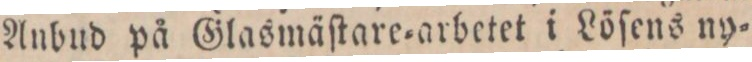
Anbud på Glasmäſtare=arbetet i Löſens ny=